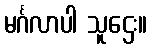
မင်္ဂလာပါ သူဌေး။